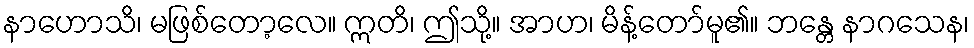
နာဟောသိ၊ မဖြစ်တော့လေ။ ဣတိ၊ ဤသို့။ အာဟ၊ မိန့်တော်မူ၏။ ဘန္တေ နာဂသေန၊